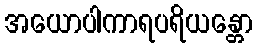
အယောပါကာရပရိယန္တော